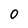
Character: 0